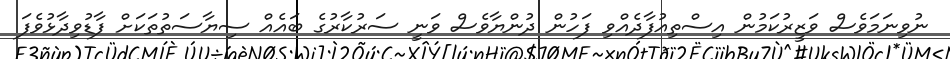
ނުވިނަމަވެސް ވަޒީރުކަމުން އިސްތިއުފާދެއްވި ފަހުން ދުންޔާވެސް ވަނީ ސަރުކާރުގެ ބައެއް ސިޔާސަތުތަކަށް ފާޑުވިދާޅުވެފަ